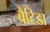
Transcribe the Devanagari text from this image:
बैटिडा